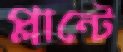
প্লান্টে